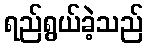
ရည်ရွယ်ခဲ့သည်